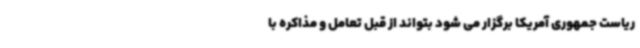
ریاست جمهوری آمریکا برگزار می شود بتواند از قبل تعامل و مذاکره با